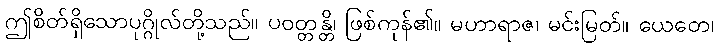
ဤစိတ်ရှိသောပုဂ္ဂိုလ်တို့သည်။ ပဝတ္တန္တိ၊ ဖြစ်ကုန်၏။ မဟာရာဇ၊ မင်းမြတ်။ ယေတေ၊